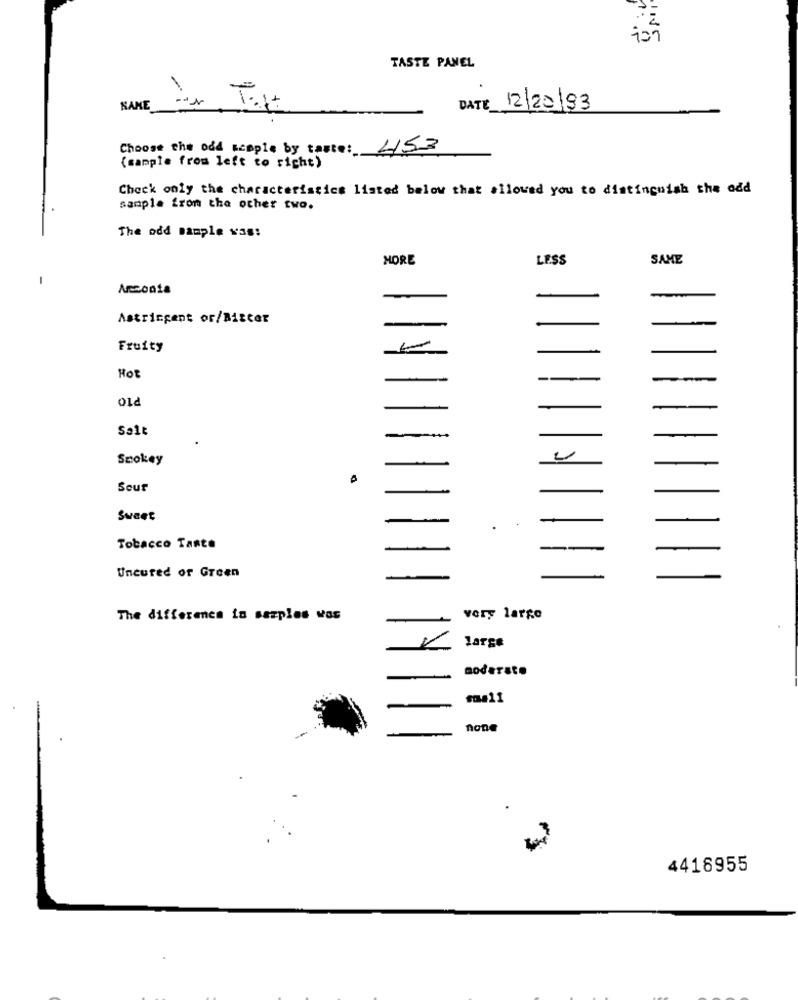
TASTE PANEL
KAKE
DATE
12/20/93
Choose the odd sample by taste: 453
(sample from left to right)
Check only the characteristics listed below that allowed you to distinguish the odd
sample from the other two.
The odd sample was:
MORE
LESS
SAME
Anconta
Astringent or/Bitter
Fruity
-
Hot
Salt
-
Smokey
-
Sour
-
Sweet
-
Tobacco Tante
Uncured or Green
The difference in sazples vos
very large
large
DodaTato
4416955